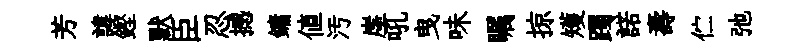
芳諱鏗默臣忍撼鏞值汚崖吼曳味瞩掠矱躅諾壽伫弛